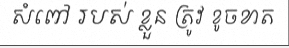
សំពៅ របស់ ខ្លួន ត្រូវ ខូចខាត